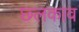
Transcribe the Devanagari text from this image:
छ्लकाव